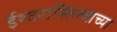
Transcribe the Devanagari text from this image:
ईश्वरास्तित्वाच्या